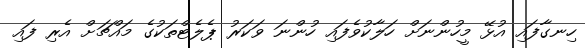
ހިނގާފައި އުޅޭ މީހުންނަށް ހަލާކުވެފައި ހުންނަ ވަކަރު ޕެލެޓްތަކުގެ މައްޗަށް އެރި ފައި